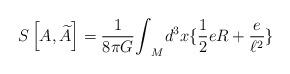
LaTeX: \begin{align*}S\left[A,\widetilde{A}\right] = \frac{1}{8\pi G}{\int}_{M}d^{3}x\{\frac{1}{2}eR+\frac{e}{\ell^{2}} \}\end{align*}